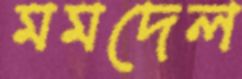
মমদেল